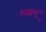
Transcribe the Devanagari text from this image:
रसल्